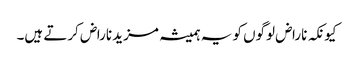
کیونکہ ناراض لوگوں کو یہ ہمیشہ مزید ناراض کرتے ہیں۔